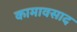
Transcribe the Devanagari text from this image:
कामावसाद